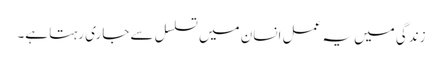
زندگی میں یہ عمل انسان میں تسلسل سے جاری رہتا ہے۔